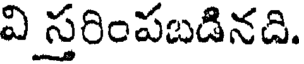
వి స్తరింపబడినది.